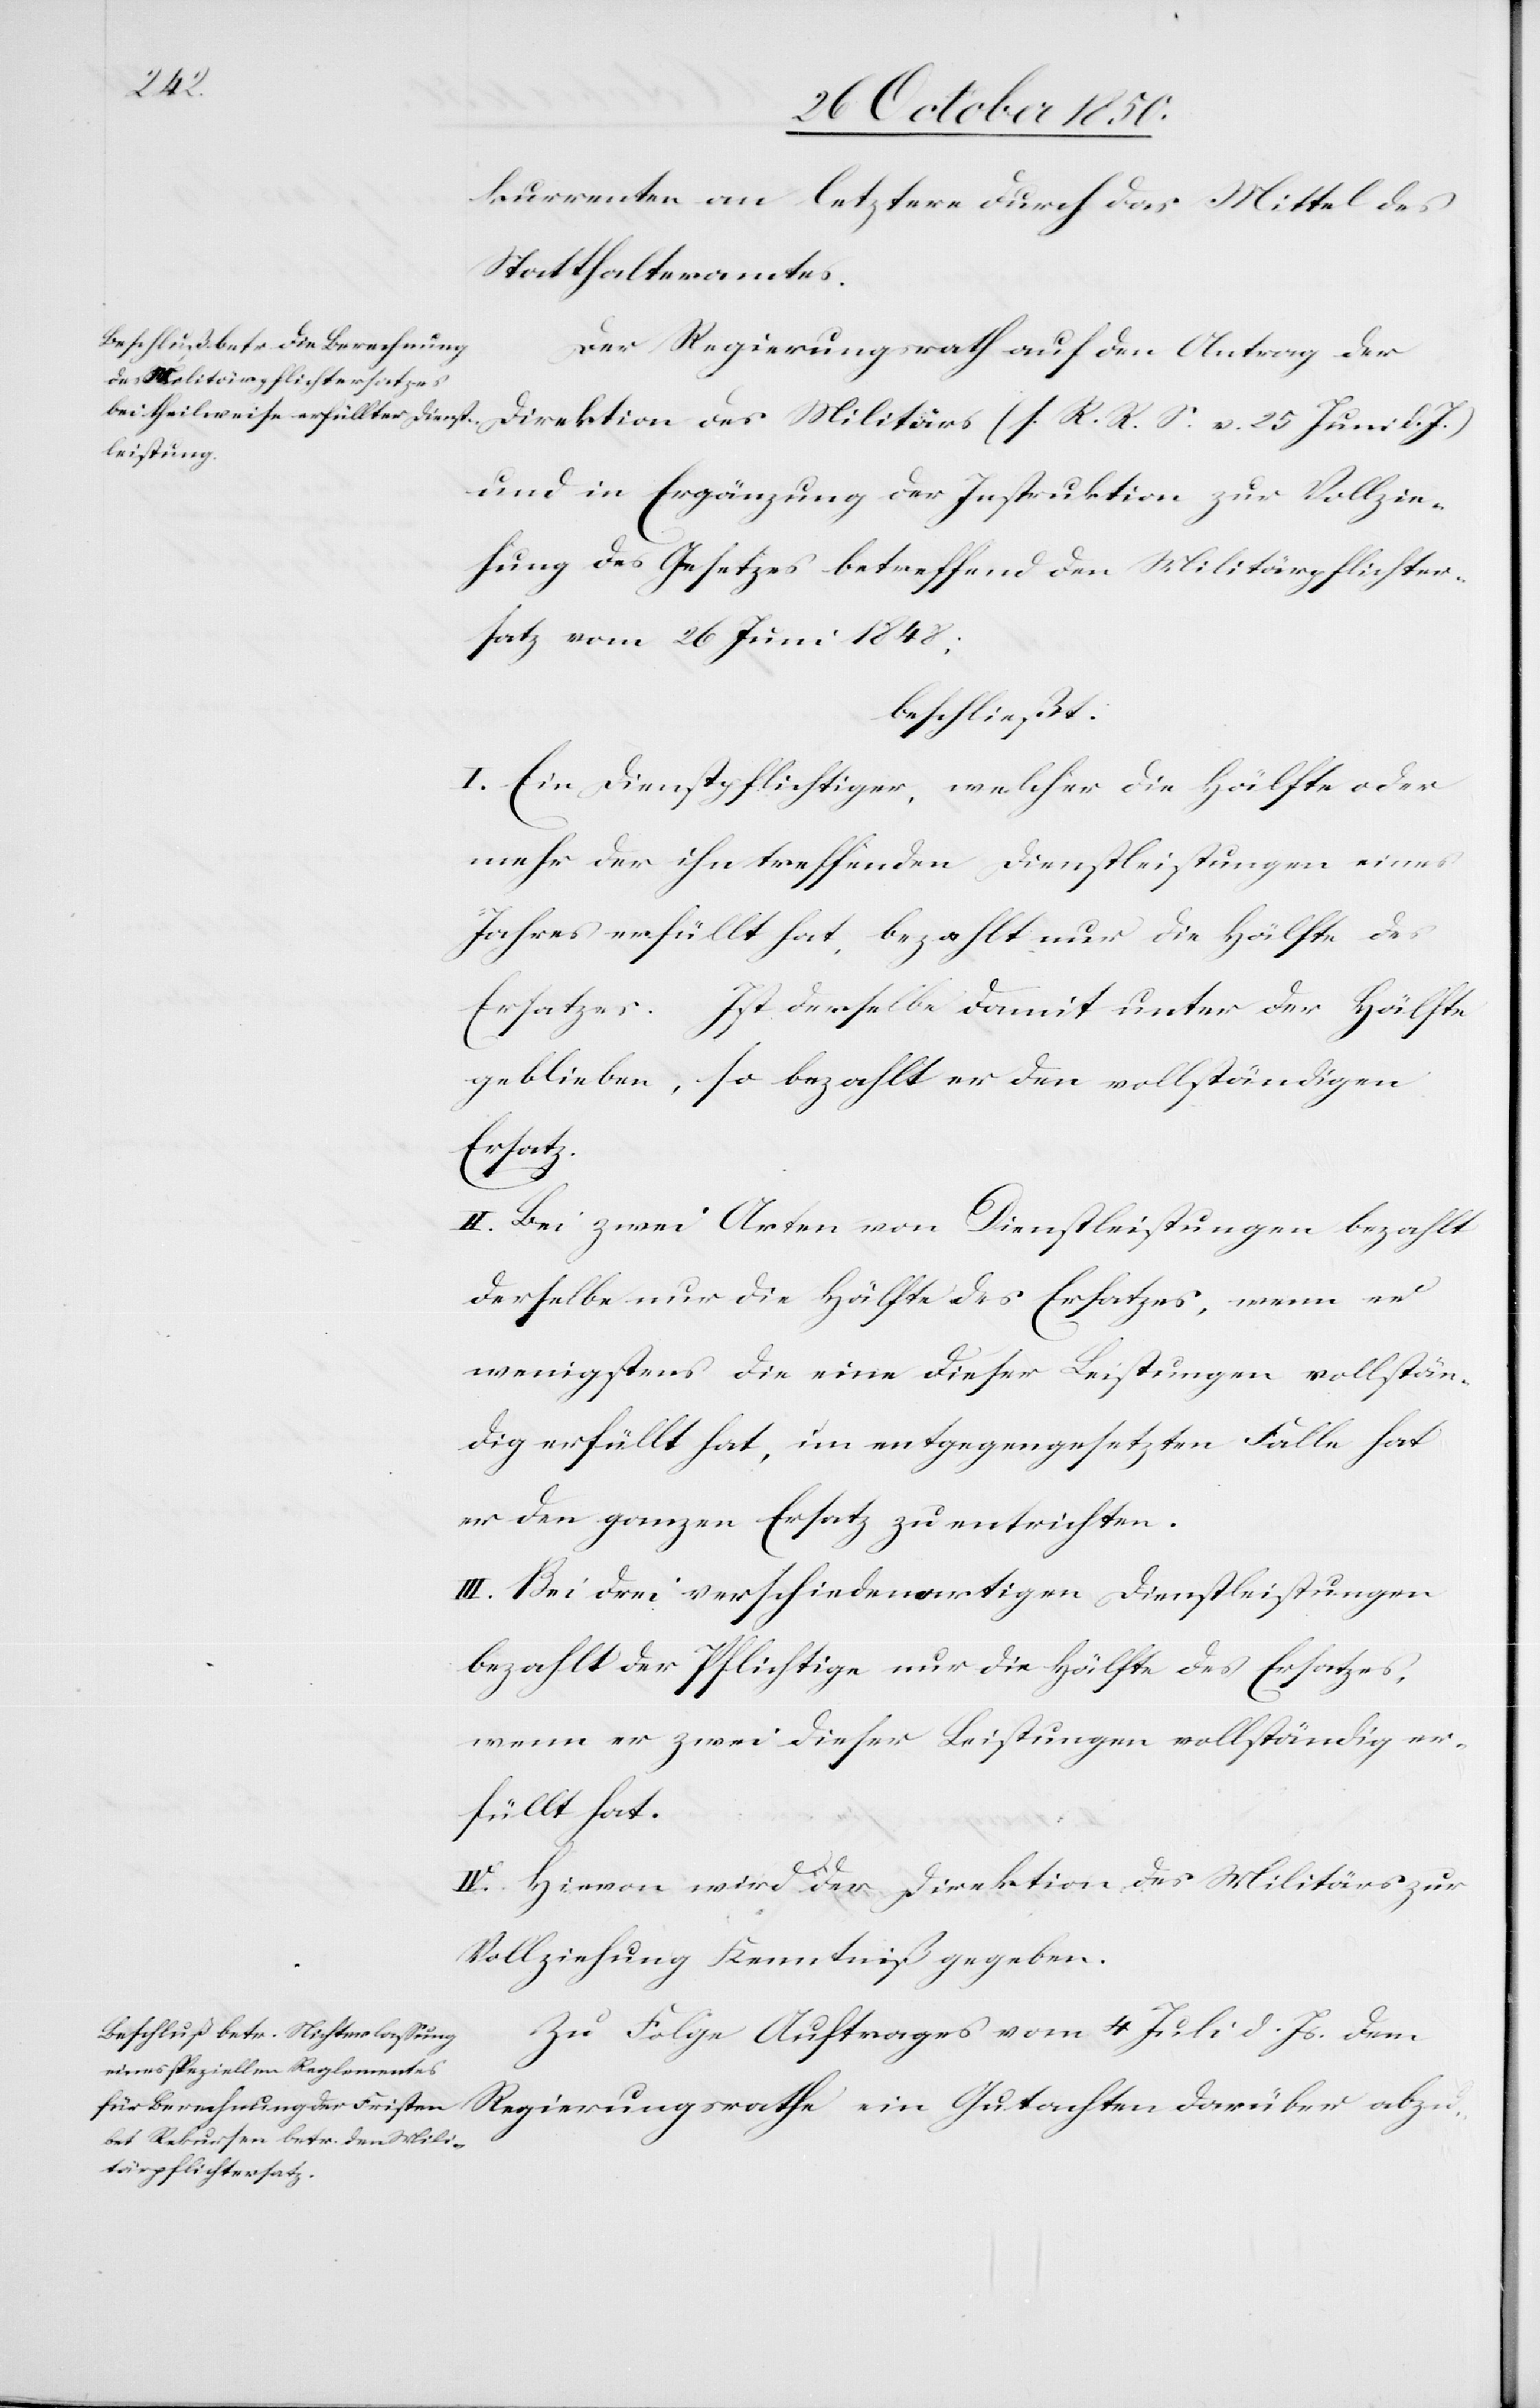
kurrenten an letztere durch das Mittel des
Statthalteramtes.
Der Regierungsrath auf den Antrag der
Direktion des Militärs (s. R. R. S. v. 25 Juni d. J.)
und in Ergänzung der Instruktion zur Vollzie¬
hung des Gesetzes betreffend den Militärpflichter¬
satz vom 26 Juni 1848;
beschließt:
I. Ein Dienstpflichtiger, welcher die Hälfte oder
mehr der ihn treffenden Dienstleistungen eines
Jahres erfüllt hat, bezahlt nur die Hälfte des
Ersatzes. Ist derselbe damit unter der Hälfte
geblieben, so bezahlt er den vollständigen
Ersatz.
II. Bei zwei Arten von Dienstleistungen bezahlt
derselbe nur die Hälfte des Ersatzes, wenn er
wenigstens die eine dieser Leistungen vollstän¬
dig erfüllt hat, im entgegengesetzten Falle hat
er den ganzen Ersatz zu entrichten.
III. Bei drei verschiedenartigen Dienstleistungen
bezahlt der Pflichtige nur die Hälfte des Ersatzes,
wenn er zwei dieser Leistungen vollständig er¬
füllt hat.
IV. Hievon wird der Direktion des Militärs zur
Vollziehung Kenntniß gegeben.
Zu Folge Auftrages vom 4 Juli d. Js. dem
Regierungsrathe ein Gutachten darüber abzu-